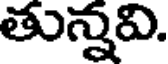
తున్నవి.